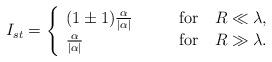
LaTeX: \begin{align*}I_{st} = \left\{ \begin{array}{ll} (1 \pm 1) \frac{\alpha}{|\alpha|} \qquad & \mbox{for} \quad R \ll\lambda, \\ \frac{\alpha}{|\alpha|} \qquad & \mbox{for} \quad R \gg\lambda.\end{array} \right.\end{align*}